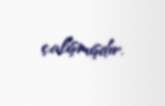
çalışmışdır.